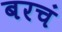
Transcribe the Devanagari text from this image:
बरचं